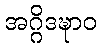
အဂ္ဂိဒဍ္ဎာဝ